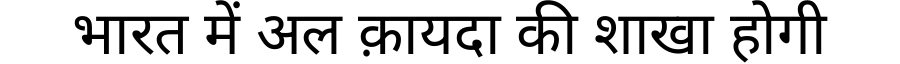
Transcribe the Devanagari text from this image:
भारत में अल क़ायदा की शाखा होगी